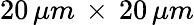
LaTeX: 20\, \mu m\, \times\, 20\, \mu m